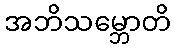
အဘိသမ္ဘောတိ